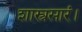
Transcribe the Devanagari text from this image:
शास्त्रसारं।